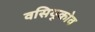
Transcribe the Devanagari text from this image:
वसियुकोव